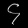
Digit: ၄